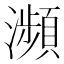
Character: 瀕